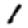
Digit: 1